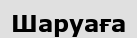
Шаруаға